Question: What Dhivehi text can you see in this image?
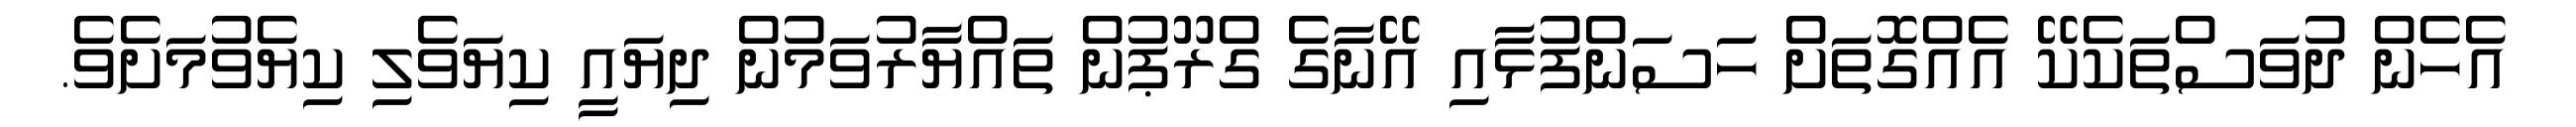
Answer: އެހެން ދުވަސްތަކެކޭ އެއްގޮތަށް ހަސަންފުޅާއި އޭނާގެ ގްރޫޕުން ތައްޔާރުވަމުން ދިޔައީ ކިޔަވެލި ކިޔެވުމަށެވެ.